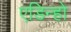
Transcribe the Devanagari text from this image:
एडिन्हो